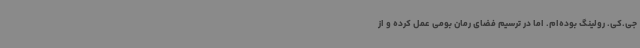
جی‌.کی. رولینگ بوده‌ام. اما در ترسیم فضای رمان بومی عمل کرده و از